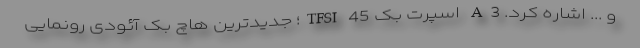
و ... اشاره کرد. A3 اسپرت بک 45 TFSI؛ جدیدترین هاچ بک آئودی رونمایی